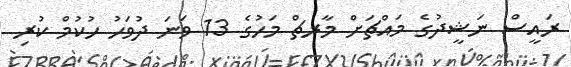
ރައީސް ނަޝީދުގެ މައްޗަށް މާރޗް މަހުގެ 13 ވަނަ ދުވަހު ހުކުމް ކުރި